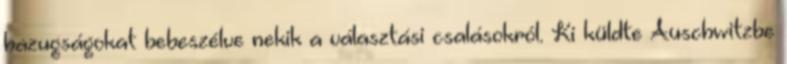
hazugságokat bebeszélve nekik a választási csalásokról. Ki küldte Auschwitzbe